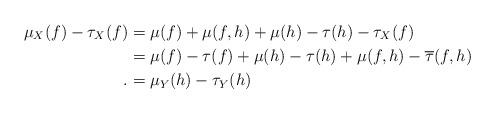
LaTeX: \begin{align*}\mu_X(f)-\tau_X(f)&=\mu(f)+\mu(f,h)+\mu(h)-\tau(h)-\tau_X(f)\\&=\mu(f)-\tau(f)+\mu(h)-\tau(h)+\mu(f,h)-\overline{\tau}(f,h)\\.&=\mu_Y(h)-\tau_Y(h)\end{align*}